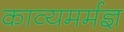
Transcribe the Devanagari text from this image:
काव्यमर्मज्ञ